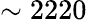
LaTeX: \sim 2220